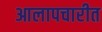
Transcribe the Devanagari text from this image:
आलापचारीत